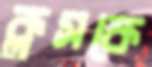
ক্লসকে